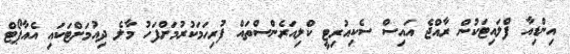
އިންޑިއާ ފްލައިޓަކުން ރާއްޖެ އައިސް ސެކިއުރިޓީ ކްލިއަރެންސްތައް ފުރިހަމަކުރުމަށްފަހު މާލެ ދިއުމަށްޓަކައި އެއާޕޯޓް